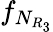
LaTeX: f_{N_{R_{3}}}